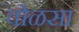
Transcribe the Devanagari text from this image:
वोळसा